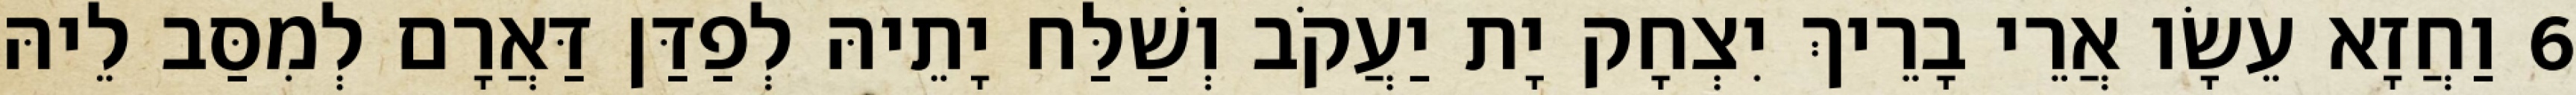
6 וַחֲזָא עֵשָׂו אֲרֵי בָרֵיךְ יִצְחָק יָת יַעֲקֹב וְשַׁלַּח יָתֵיהּ לְפַדַּן דַּאֲרָם לְמִסַּב לֵיהּ